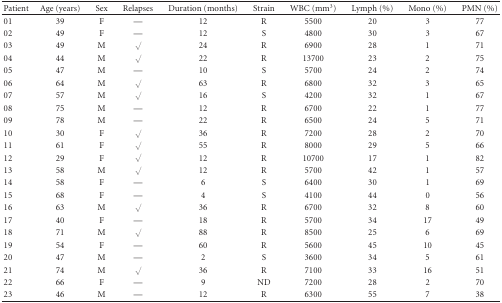
<table><thead><tr><td><b>Patient</b></td><td><b>Age (years)</b></td><td><b>Sex</b></td><td><b>Relapses</b></td><td><b>Duration (months)</b></td><td><b>Strain</b></td><td><b>WBC (mm<sup>3</sup>)</b></td><td><b>Lymph (%)</b></td><td><b>Mono (%)</b></td><td><b>PMN (%)</b></td></tr></thead><tbody><tr><td>01</td><td>39</td><td>F</td><td>—</td><td>12</td><td>R</td><td>5500</td><td>20</td><td>3</td><td>77</td></tr><tr><td>02</td><td>49</td><td>F</td><td>—</td><td>12</td><td>S</td><td>4800</td><td>30</td><td>3</td><td>67</td></tr><tr><td>03</td><td>49</td><td>M</td><td>√</td><td>24</td><td>R</td><td>6900</td><td>28</td><td>1</td><td>71</td></tr><tr><td>04</td><td>44</td><td>M</td><td>√</td><td>22</td><td>R</td><td>13700</td><td>23</td><td>2</td><td>75</td></tr><tr><td>05</td><td>47</td><td>M</td><td>—</td><td>10</td><td>S</td><td>5700</td><td>24</td><td>2</td><td>74</td></tr><tr><td>06</td><td>64</td><td>M</td><td>√</td><td>63</td><td>R</td><td>6800</td><td>32</td><td>3</td><td>65</td></tr><tr><td>07</td><td>57</td><td>M</td><td>√</td><td>16</td><td>S</td><td>4200</td><td>32</td><td>1</td><td>67</td></tr><tr><td>08</td><td>75</td><td>M</td><td>—</td><td>12</td><td>R</td><td>6700</td><td>22</td><td>1</td><td>77</td></tr><tr><td>09</td><td>78</td><td>M</td><td>—</td><td>22</td><td>R</td><td>6500</td><td>24</td><td>5</td><td>71</td></tr><tr><td>10</td><td>30</td><td>F</td><td>√</td><td>36</td><td>R</td><td>7200</td><td>28</td><td>2</td><td>70</td></tr><tr><td>11</td><td>61</td><td>F</td><td>√</td><td>55</td><td>R</td><td>8000</td><td>29</td><td>5</td><td>66</td></tr><tr><td>12</td><td>29</td><td>F</td><td>√</td><td>12</td><td>R</td><td>10700</td><td>17</td><td>1</td><td>82</td></tr><tr><td>13</td><td>58</td><td>M</td><td>√</td><td>12</td><td>R</td><td>5700</td><td>42</td><td>1</td><td>57</td></tr><tr><td>14</td><td>58</td><td>F</td><td>—</td><td>6</td><td>S</td><td>6400</td><td>30</td><td>1</td><td>69</td></tr><tr><td>15</td><td>68</td><td>F</td><td>—</td><td>4</td><td>S</td><td>4100</td><td>44</td><td>0</td><td>56</td></tr><tr><td>16</td><td>63</td><td>M</td><td>√</td><td>36</td><td>R</td><td>6700</td><td>32</td><td>8</td><td>60</td></tr><tr><td>17</td><td>40</td><td>F</td><td>—</td><td>18</td><td>R</td><td>5700</td><td>34</td><td>17</td><td>49</td></tr><tr><td>18</td><td>71</td><td>M</td><td>√</td><td>88</td><td>R</td><td>8500</td><td>25</td><td>6</td><td>69</td></tr><tr><td>19</td><td>54</td><td>F</td><td>—</td><td>60</td><td>R</td><td>5600</td><td>45</td><td>10</td><td>45</td></tr><tr><td>20</td><td>47</td><td>M</td><td>—</td><td>2</td><td>S</td><td>3600</td><td>34</td><td>5</td><td>61</td></tr><tr><td>21</td><td>74</td><td>M</td><td>√</td><td>36</td><td>R</td><td>7100</td><td>33</td><td>16</td><td>51</td></tr><tr><td>22</td><td>66</td><td>F</td><td>—</td><td>9</td><td>ND</td><td>7200</td><td>28</td><td>2</td><td>70</td></tr><tr><td>23</td><td>46</td><td>M</td><td>—</td><td>12</td><td>R</td><td>6300</td><td>55</td><td>7</td><td>38</td></tr></tbody></table>